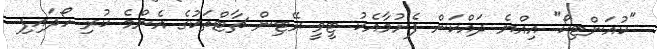
"ކުއަންޓިކޯ" އިއްޔެ ދައްކަން ފެށުމާއެކު ޓީވީ ރޭޓިން ޗާޓްތަކުގެ އެންމެ ކުރި ހޯދައިފި